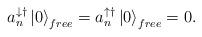
LaTeX: \begin{align*}a_{n}^{\downarrow\dagger}\left| 0\right\rangle _{free}=a_{n}^{\uparrow\dagger}\left| 0\right\rangle _{free}=0.\end{align*}